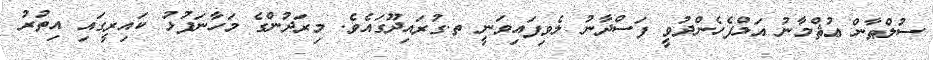
ސުލްޠާން ޢުޘްމާނު އަލްފެހެންދުވީ ފަސްދާނު ލެވިފައިވަނީ ތ.ގުރައިދޫގައެވެ. މިރަދުންގެ މަހާނަފުޅު ކައިރީގައި އިތުރު